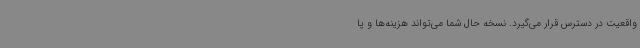
واقعیت در دسترس قرار می‌گیرد. نسخه حال شما می‌تواند هزینه‌ها و پا